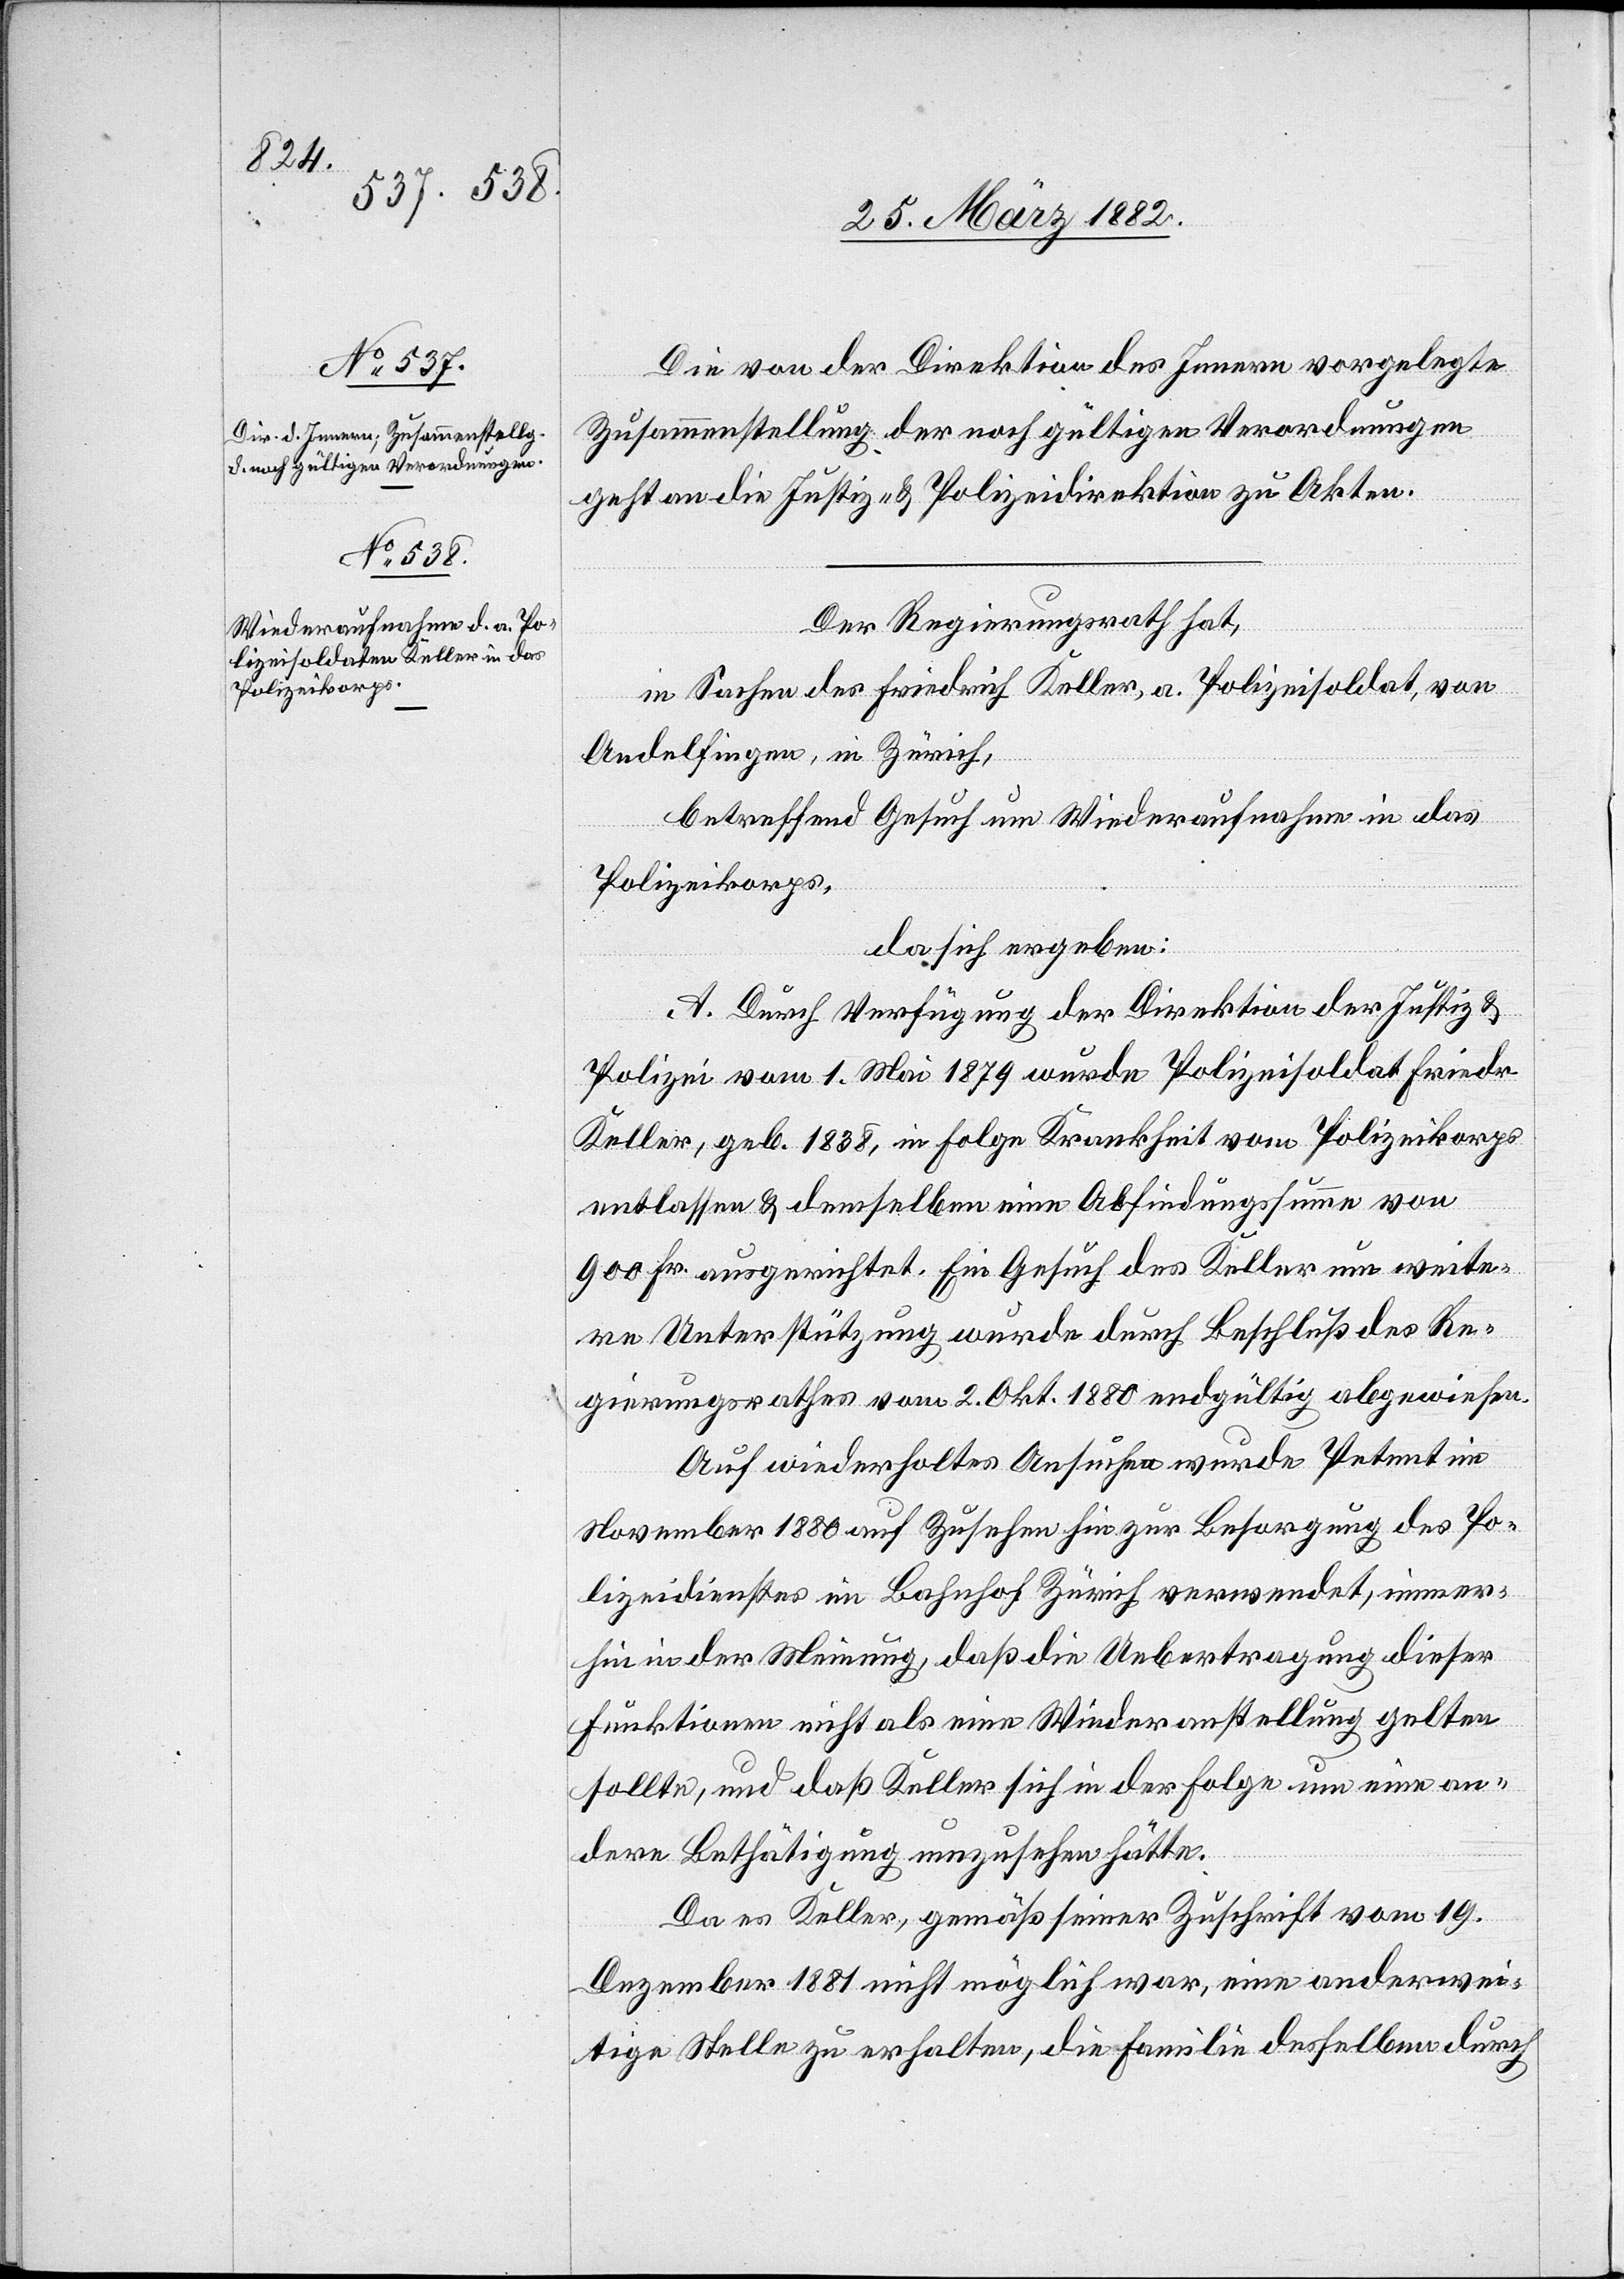
Die von der Direktion des Innern vorgelegte
Zusammenstellung der noch gültigen Verordnungen
geht an die Justiz- & Polizeidirektion zu Akten.
Der Regierungsrath hat,
in Sachen des Friedrich Keller, a. Polizeisoldat, von
Andelfingen, in Zürich,
betreffend Gesuch um Wiederaufnahme in das
Polizeikorps,
da sich ergeben:
A. Durch Verfügung der Direktion der Justiz &
Polizei vom 1. Mai 1879 wurde Polizeisoldat Friedr.
Keller, geb. 1838, in Folge Krankheit vom Polizeikorps
entlassen & demselben eine Abfindungssumme von
900 Fr. ausgerichtet. Ein Gesuch des Keller um weite¬
re Unterstützung wurde durch Beschluß des Re¬
gierungsrathes vom 2. Okt. 1880 endgültig abgewiesen.
Auf wiederholtes Ansuchen wurde Petent im
November 1880 auf Zusehen hin zur Besorgung des Po¬
lizeidienstes im Bahnhof Zürich verwendet, immer¬
hin in der Meinung, daß die Uebertragung dieser
Funktionen nicht als eine Wiederanstellung gelten
sollte, und daß Keller sich in der Folge um eine an¬
dere Bestätigung umzusehen hätte.
Da es Keller, gemäß seiner Zuschrift vom 19.
Dezember 1881 nicht möglich war, eine anderwei¬
tige Stelle zu erhalten, die Familie desselben durch